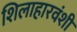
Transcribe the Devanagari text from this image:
शिलाहारवंशी